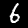
Digit: 6